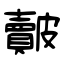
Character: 皾